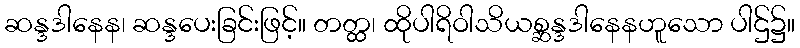
ဆန္ဒဒါနေန၊ ဆန္ဒပေးခြင်းဖြင့်။ တတ္ထ၊ ထိုပါရိဝါသိယစ္ဆန္ဒဒါနေနဟူသော ပါဌ်၌။